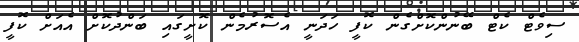
ސިވެޓް ކެޓް ބޭނުންކޮށްގެން ކޮފީ ހަދަނީ އެސޮރުމެން ކޮށީގައި ބަންދުކޮށް އެއަށް ކޮފީ